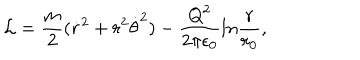
{ \cal L } = { \frac { m } { 2 } } ( \dot { r } ^ { 2 } + r ^ { 2 } \dot { \theta } ^ { 2 } ) - { \frac { Q ^ { 2 } } { 2 \pi \epsilon _ { 0 } } } l n { \frac { r } { r _ { 0 } } } ,